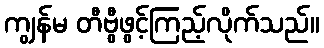
ကျွန်မ တီဗွီဖွင့်ကြည့်လိုက်သည်။